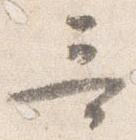
哥